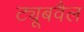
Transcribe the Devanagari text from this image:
ट्यूबवैल